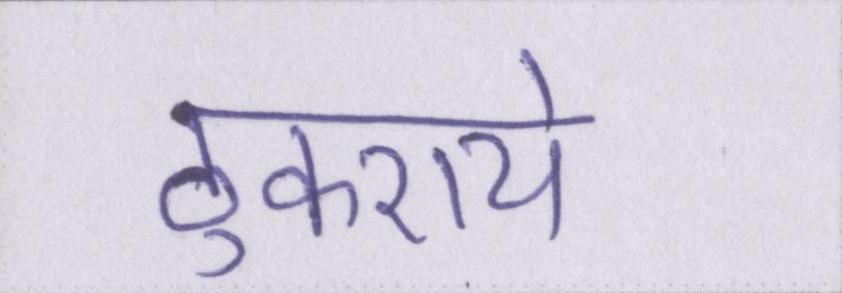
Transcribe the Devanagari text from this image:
ठुकराये